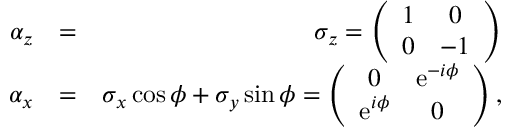
\begin{array} { r l r } { \alpha _ { z } } & { = } & { \sigma _ { z } = \left( \begin{array} { c c } { 1 } & { 0 } \\ { 0 } & { - 1 } \end{array} \right) } \\ { \alpha _ { x } } & { = } & { \sigma _ { x } \cos \phi + \sigma _ { y } \sin \phi = \left( \begin{array} { c c } { 0 } & { \mathrm { e } ^ { - i \phi } } \\ { \mathrm { e } ^ { i \phi } } & { 0 } \end{array} \right) , } \end{array}